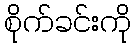
စိုက်ခင်းကို